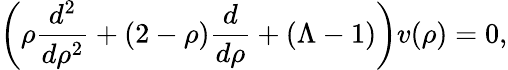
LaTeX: \left(\rho\frac{d^{2}}{d\rho^{2}}+(2-\rho)\frac{d}{d\rho}+(\Lambda-1)\right)v(\rho)=0,